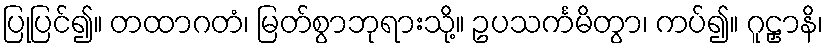
ပြုပြင်၍။ တထာဂတံ၊ မြတ်စွာဘုရားသို့။ ဥပသင်္ကမိတွာ၊ ကပ်၍။ ဂူဠှာနိ၊